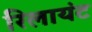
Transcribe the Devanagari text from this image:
रिलायंट